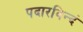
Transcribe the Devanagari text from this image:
पदारविन्दं